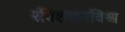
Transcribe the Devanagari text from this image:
रविशंकरविश्व